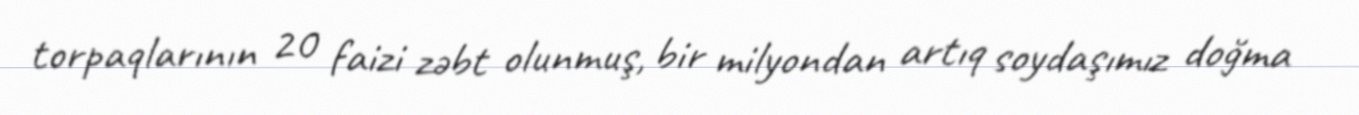
torpaqlarının 20 faizi zəbt olunmuş, bir milyondan artıq soydaşımız doğma